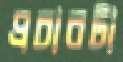
প্রচারটা